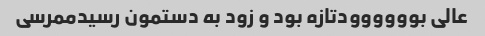
عالی بوووووودتازه بود و زود به دستمون رسیدممرسی